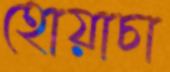
হোয়াচা